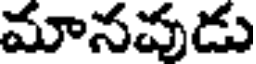
మానవుడు